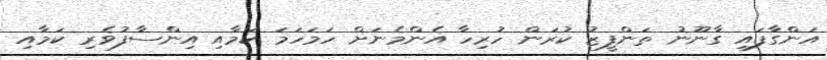
އަންގާފައި ގާނޫނު ތަންފީޒު ކުރަން ހުރިހާ އެންމެނަށް ހަމަހަމަ ކަމާއި އިންސާފުވެރި ކަމާއި